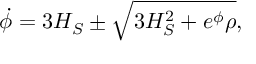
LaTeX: \dot { \phi } = 3 H _ { S } \pm \sqrt { 3 H _ { S } ^ { 2 } + e ^ { \phi } \rho } ,